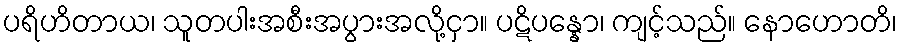
ပရိဟိတာယ၊ သူတပါးအစီးအပွားအလို့ငှာ။ ပဋိပန္နော၊ ကျင့်သည်။ နောဟောတိ၊